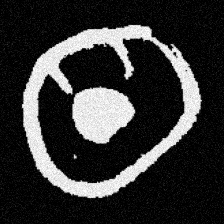
Pyu character \u2014 Myanmar letter: ထ (romanized: tha)